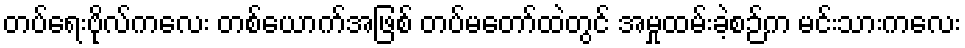
တပ်ရေးဗိုလ်ကလေး တစ်ယောက်အဖြစ် တပ်မတော်ထဲတွင် အမှုထမ်းခဲ့စဉ်က မင်းသားကလေး